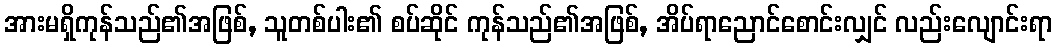
အားမရှိကုန်သည်၏အဖြစ်, သူတစ်ပါး၏ စပ်ဆိုင် ကုန်သည်၏အဖြစ်, အိပ်ရာညောင်စောင်းလျှင် လည်းလျောင်းရာ